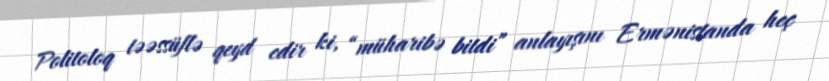
Politoloq təəssüflə qeyd edir ki, “müharibə bitdi” anlayışını Ermənistanda heç